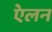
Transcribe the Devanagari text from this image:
एेलन